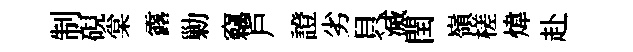
制硯棠露勦竊戶證劣貝滅閏嶺槎煒赴